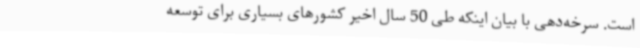
است. سرخه‌دهی با بیان اینکه طی 50 سال اخیر کشورهای بسیاری برای توسعه